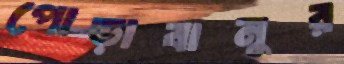
পোড়াবানুর